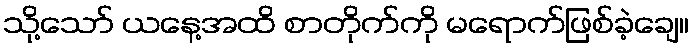
သို့သော် ယနေ့အထိ စာတိုက်ကို မရောက်ဖြစ်ခဲ့ချေ။